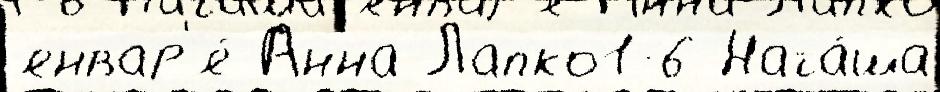
январ'я́ А́нна Лапко1-6 Ната́ша